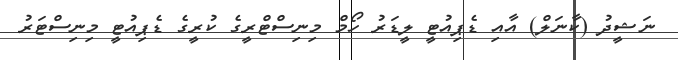
ނަޝީދު (ކާނަލް) އާއި ޑެޕިއުޓީ ލީޑަރު ހޯމް މިނިސްޓްރީގެ ކުރީގެ ޑެޕިއުޓީ މިނިސްޓަރު